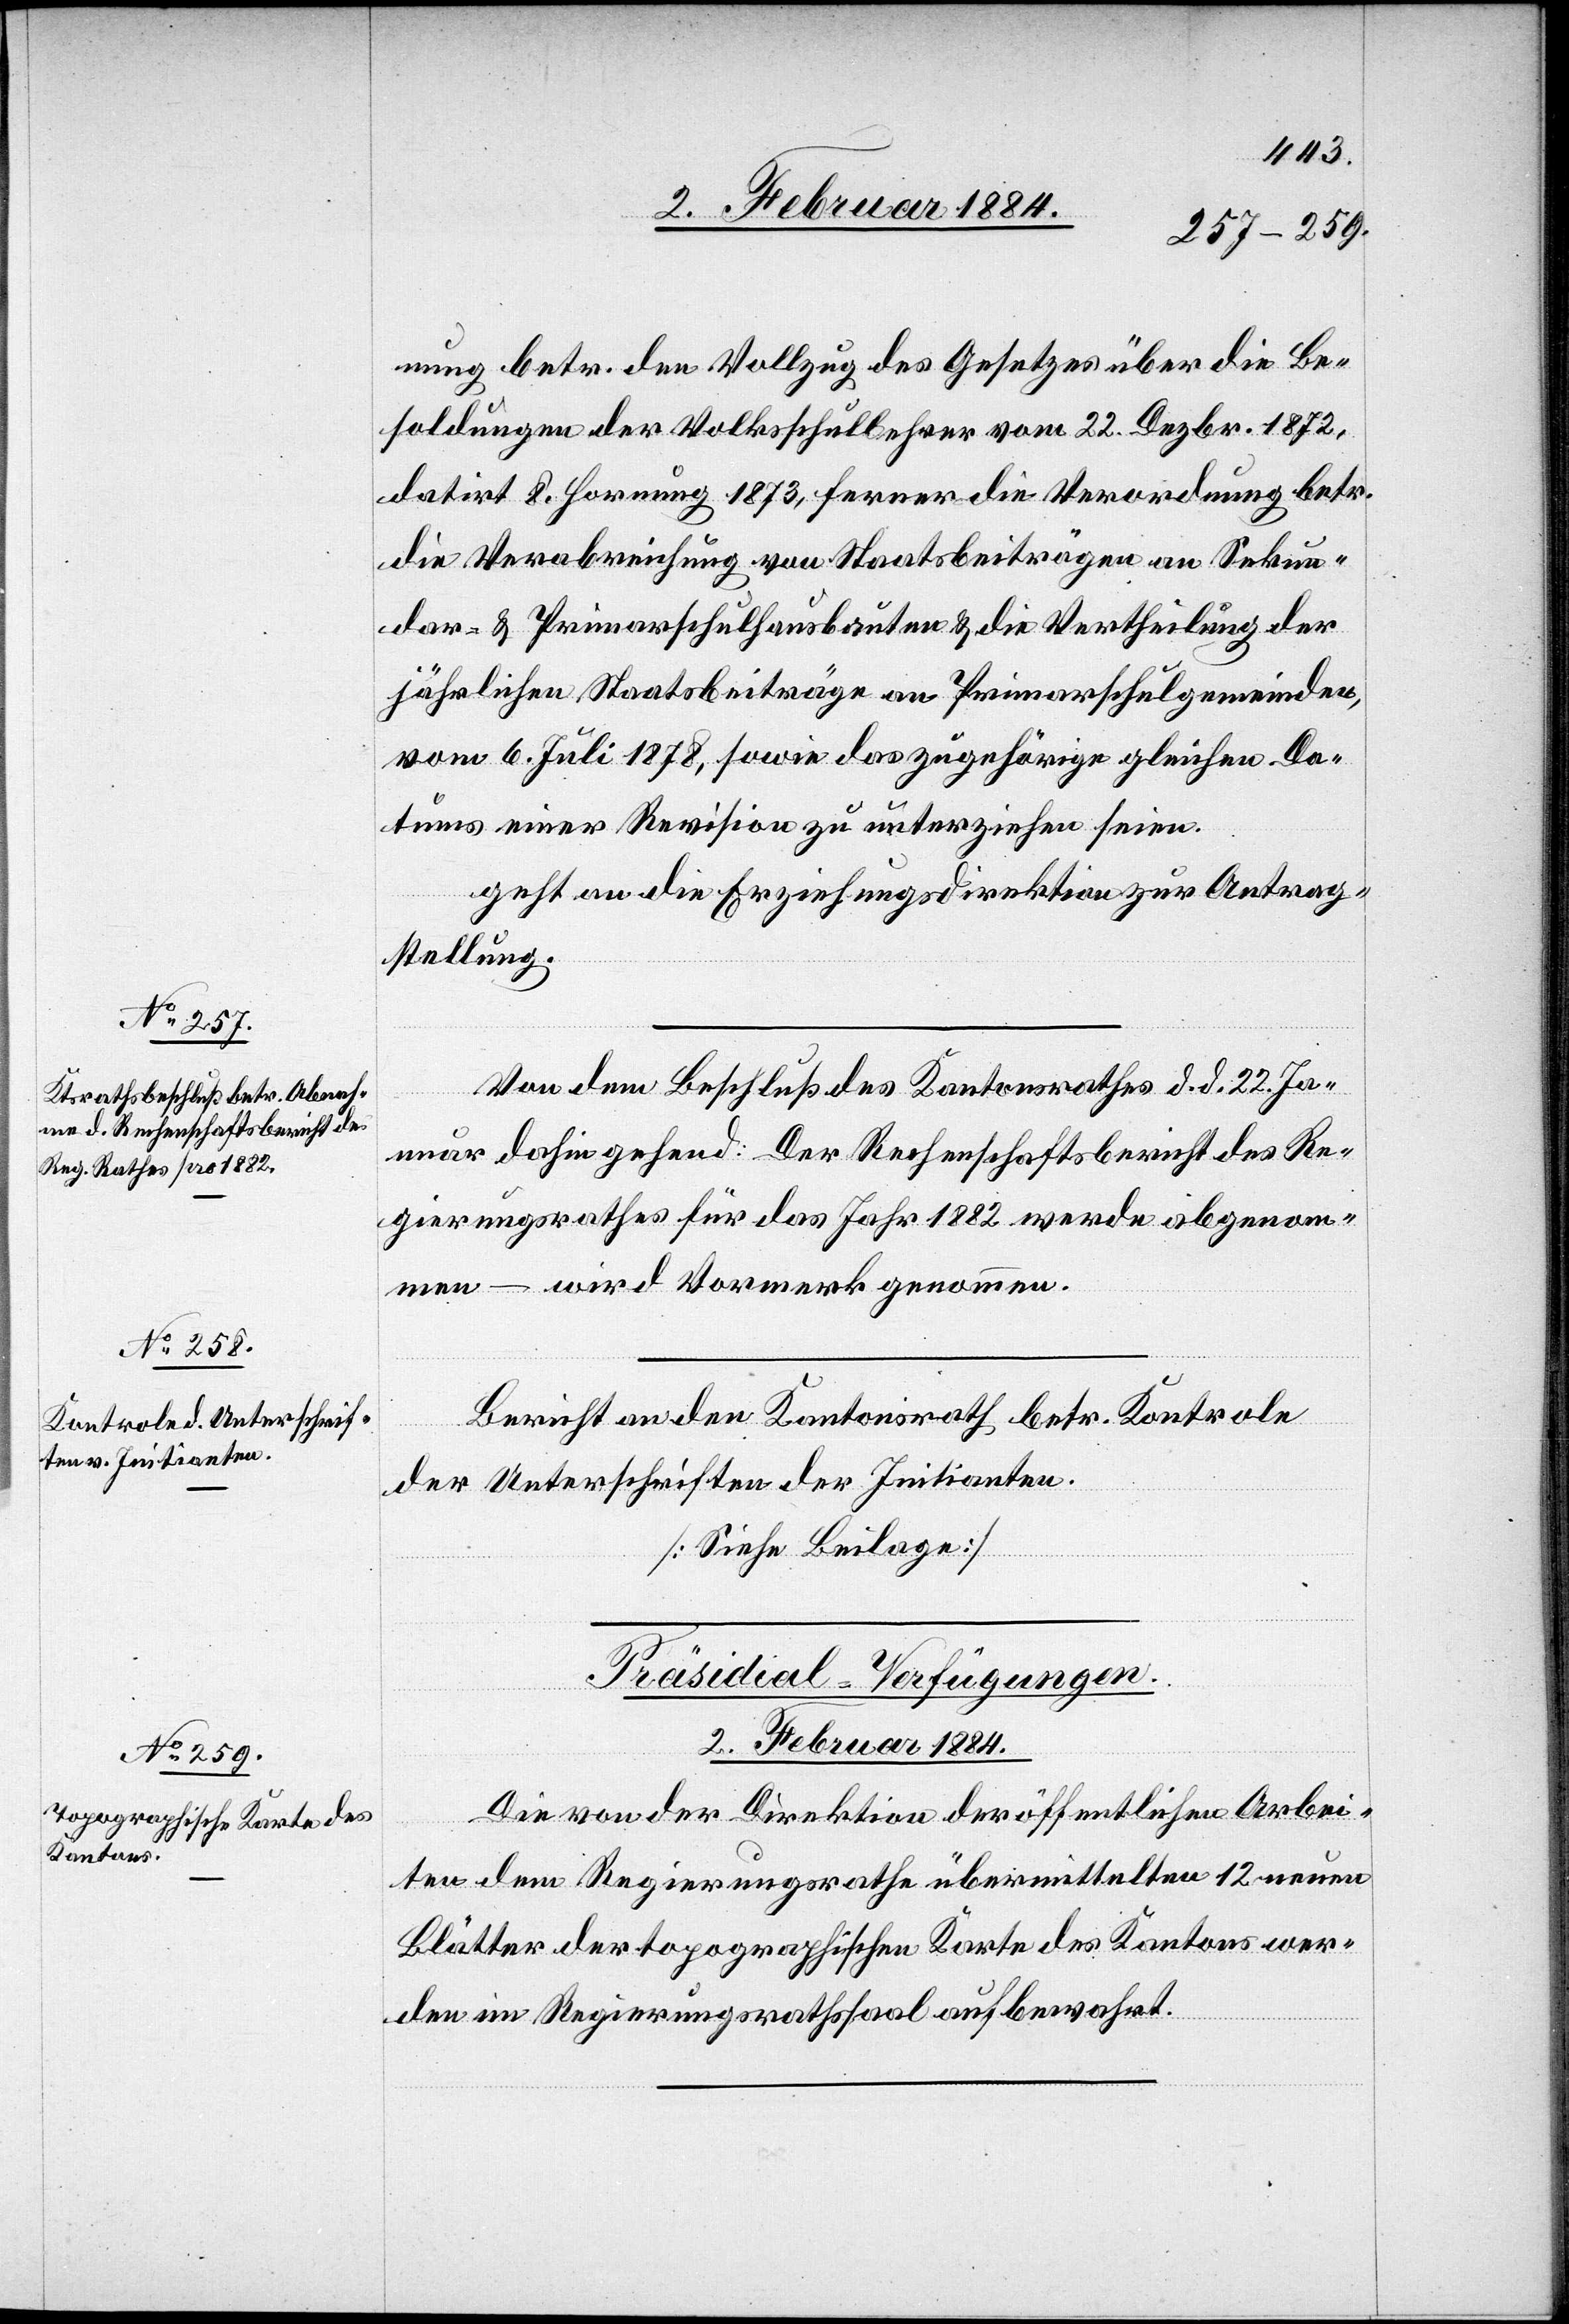
nung betr. den Vollzug des Gesetzes über die Be¬
soldungen der Volksschullehrer vom 22. Dezbr. 1872,
datirt 8. Hornung 1873, ferner die Verordnung betr.
die Verabreichung von Staatsbeiträgen an Sekun¬
dar- & Primarschulhausbauten & die Vertheilung der
jährlichen Staatsbeiträge an Primarschulgemeinden,
vom 6. Juli 1878, sowie das Zugehörige gleiche Da¬
tums einer Revision zu unterziehen seien.
Geht an die Erziehungsdirektion zur Antrag¬
stellung.
Von dem Beschluß des Kantonsrathes d. d. 22. Ja¬
nuar dahin gehen: Der Rechenschaftsbericht des Re¬
gierungsrathes für das Jahr 1882 werde abgenom¬
men – wird Vormerk genommen.
Bericht an den Kantonsrath betr. Kontrole
der Unterschriften der Initianten.
[Siehe Beilage.]
Präsidial-Verfügungen.
2. Februar 1884.
Die von der Direktion der öffentlichen Arbei¬
ten dem Regierungsrathe übermittelten 12 neuen
Blätter der topographischen Karte des Kantons wer¬
den im Regierungsrathssaal aufbewahrt.